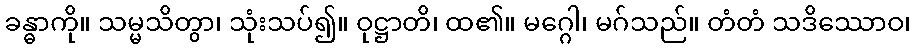
ခန္ဓာကို။ သမ္မသိတွာ၊ သုံးသပ်၍။ ဝုဋ္ဌာတိ၊ ထ၏။ မဂ္ဂေါ၊ မဂ်သည်။ တံတံ သဒိဿောဝ၊